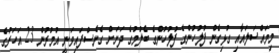
މިމައްސަލައާއި ގުޅިގެން ފުލުހުންގެ ފުލުހުންގެ ބެލުމުގެ ދަށަށް ގެނެސްފައިވަނީ އުމުރުން 23 އަހަރުގެ